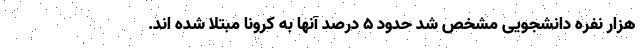
هزار نفره دانشجویی مشخص شد حدود ۵ درصد آنها به کرونا مبتلا شده اند.